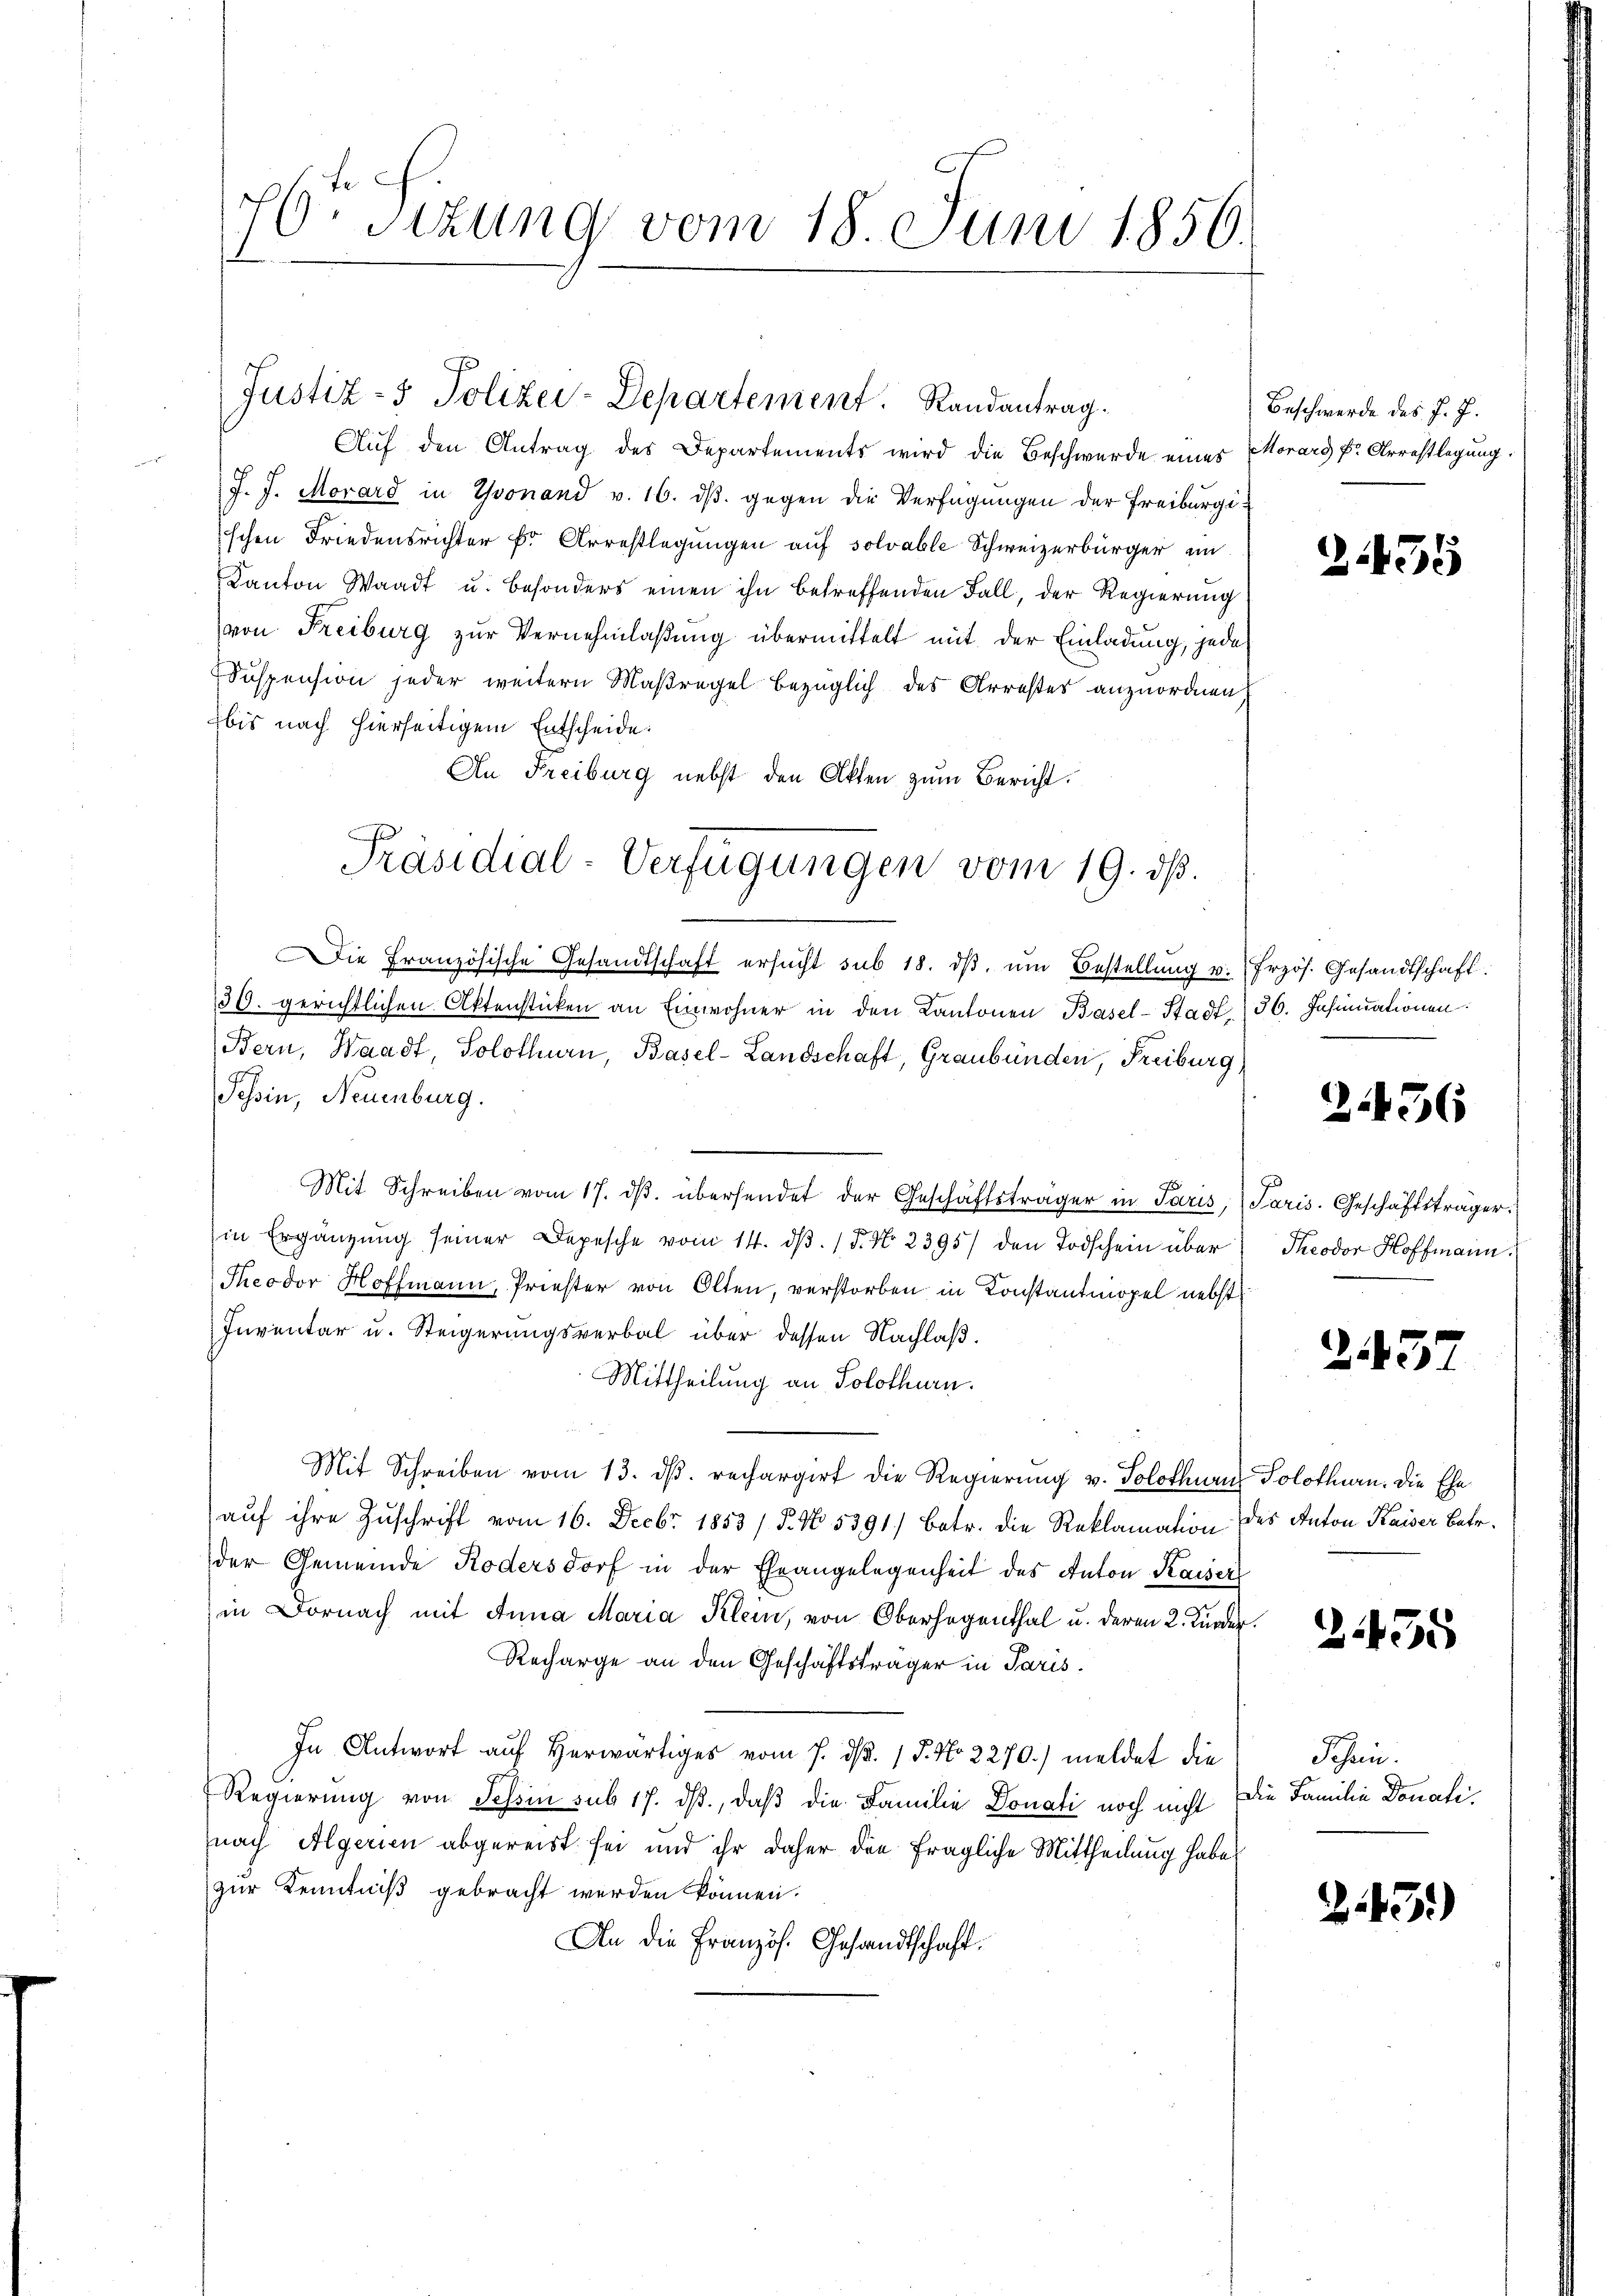
76ten Sizung vom 18. Juni 1856.

Auf den Antrag des Departements wird die Beschwerde eines Morard Dr. Arrestlegung
J. J. Morard in Yvonand v. 16. dβ. gegen die Verfügungen der Freiburgischen Friedensrichter fr. Arrestlegungen auf solvable Schweizerbürger in
Kanton Waadt u. besonders einen ihn betreffenden Fall, der Regierung
von Freiburg zur Vernehmlaßung übermittelt mit der Einladung, jede
Suspension jeder weitern Maßregel bezüglich des Arrestes anzuordnen,
bis nach hierseitigem Entscheide.
An Freiburg nebst den Akten zum Bericht.
Die Französische Gesandtschaft ersŭcht sub 18. dβ ŭm Bestellŭng u. frzös. Gesandtschaft.
30. gerichtlichen Aktensticken an Einwohner in den Kantonen Basel-Stadt 36. Insinuationen
Bern, Waadt, Solothurn, Basel-Landschaft, Graubünden, Freiburg)
Tessin, Neuenburg.
Mit Schreiben vom 17. dβ. übersendet der Geschäftsträger in Paris, Paris. Geschäftsträger
in Ergänzŭng seiner Depesche vom 14. dβ. 15. No. 2395) den Todschein über Theodor Hoffmann.
Theodor Hoffmann, Priester von Olten, verstorben in Konstantmopel nebst
Inventar u. Steigerungsverbal über dessen Nachlaß.
Mittheilung an Solothurn.
Mit Schreiben vom 13. ds. rechargirt die Regierung u. Solothurn, Solothurn. Die Ehe
auf ihre Zuschrift vom 16. Decbr. 1853 / 5. No. 5391) betr. die Reklamation des Anton Kaiser Betr.
der Gemeinde Rodersdorf in der Eheangelegenheit des Anton Kaiser
in Dornach mit Anna Maria Klein, von Oberhagenthal u. deren 2. Kunder.
Recharge an den Geschäftsträger in Paris.
In Antwort auf herwärtiges vom 7. d. 15. No 2270.) meldet die Schein¬
Regierung von Schin sub 17. ds., daß die Familie Donati noch nicht die Familie Donatinach Algerien abgereist sei und ihr daher die fragliche Mittheilung habe
zur Kenntniß gebracht werden können.
An die Französ. Gesandtschaft.

Justiz- & Polizei-Departement. Randantrag.

Präsidial-Verfügungen vom 19. dß.

Beschwerde des J. J.

2455

2456

243

2455

Z.31)